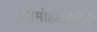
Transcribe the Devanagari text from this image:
श्रीमोहटादेवीची